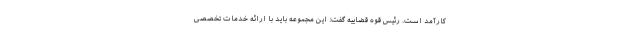
کارآمد است. رئیس قوه قضاییه گفت: این مجموعه باید با ارائه خدمات تخصصی